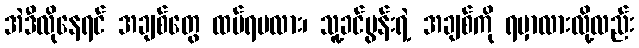
အဲဒီလိုနေရင် အချစ်တွေ ထပ်ရမလား၊ သူ့ခင်ပွန်းရဲ့ အချစ်ကို ရမှာလားလို့လည်း